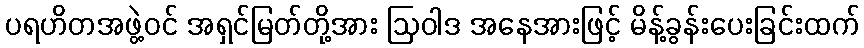
ပရဟိတအဖွဲ့ဝင် အရှင်မြတ်တို့အား ဩဝါဒ အနေအားဖြင့် မိန့်ခွန်းပေးခြင်းထက်